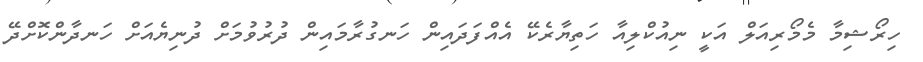
ހިރޯޝިމާ މެމޯރިއަލް އަކީ ނިއުކްލިއާ ހަތިޔާރެކޭ އެއްފަދައިން ހަނގުރާމައިން ދުރުވުމަށް ދުނިޔެއަށް ހަނދާންކޮށްދޭ